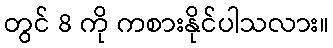
တွင် 8 ကို ကစားနိုင်ပါသလား။